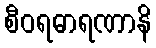
စီဝရဓာရဏာနိ